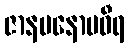
ဇာနမနောမဝီရ